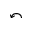
\curvearrowleft